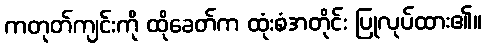
ကတုတ်ကျင်းကို ထိုခေတ်က ထုံးစံအတိုင်း ပြုလုပ်ထား၏။